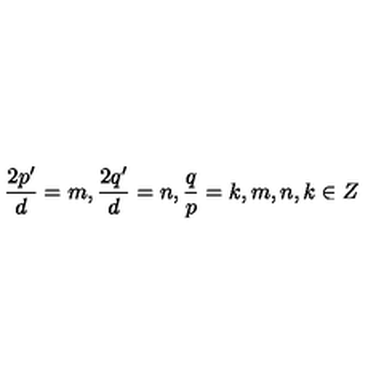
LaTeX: \frac { 2 p ^ { \prime } } { d } = m , \frac { 2 q ^ { \prime } } { d } = n , \frac { q } { p } = k , m , n , k \in Z